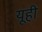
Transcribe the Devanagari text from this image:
यूही